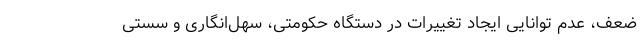
ضعف، عدم توانایی ایجاد تغییرات در دستگاه حکومتی، سهل‌انگاری و سستی